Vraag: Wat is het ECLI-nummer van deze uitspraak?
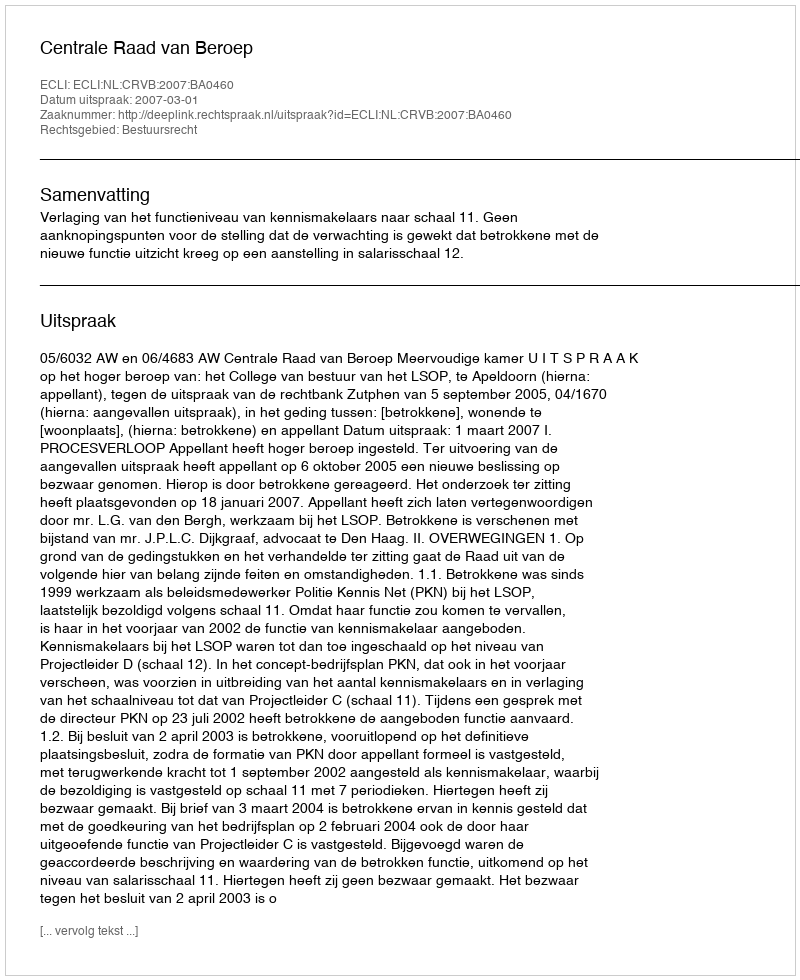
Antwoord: ECLI:NL:CRVB:2007:BA0460